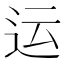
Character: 运